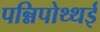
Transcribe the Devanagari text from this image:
पन्निपोथ्थई